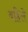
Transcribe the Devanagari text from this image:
बहिले